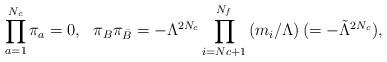
LaTeX: \begin{align*}\prod_{a=1}^{N_c}\pi_a = 0, \ \ \pi_B\pi_{\bar B} = -\Lambda^{2N_c}\prod_{i=Nc+1}^{N_f}\left(m_i/\Lambda\right)(=-{\tilde \Lambda}^{2N_c}),\end{align*}